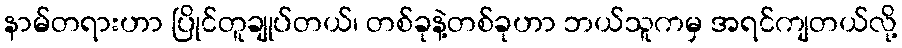
နာမ်တရားဟာ ပြိုင်တူချုပ်တယ်၊ တစ်ခုနဲ့တစ်ခုဟာ ဘယ်သူကမှ အရင်ကျတယ်လို့